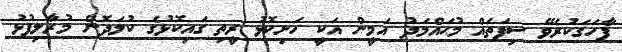
ފާހަގަކުރެވޭ ސިފަތައް މުޙައްމަދު އަމީން އަކީ ހަށިކޮޅު ރީތި ގައިކޮޅުގެ ކުލަދޮން މުރާލިފުޅު